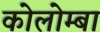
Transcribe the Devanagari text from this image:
कोलोम्बा